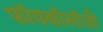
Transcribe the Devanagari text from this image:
फॉयकॉलॉजी